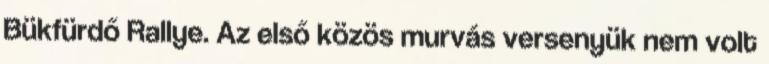
Bükfürdő Rallye. Az első közös murvás versenyük nem volt